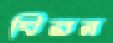
ঘিরন